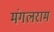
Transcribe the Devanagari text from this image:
मंगलराम